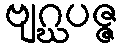
ဗျဂ္ဃပဇ္ဇ